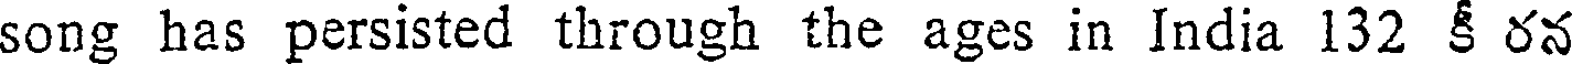
song has persisted through the ages in India 132 కీ రన